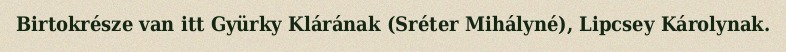
Birtokrésze van itt Gyürky Klárának (Sréter Mihályné), Lipcsey Károlynak.